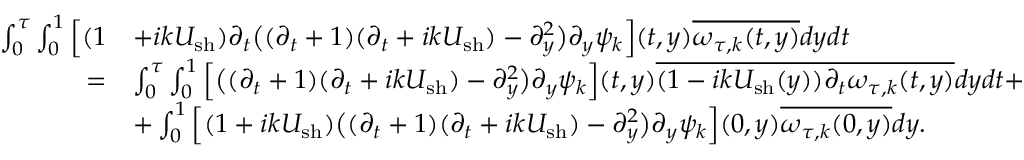
\begin{array} { r l } { \int _ { 0 } ^ { \tau } \int _ { 0 } ^ { 1 } \Big [ ( 1 } & { + i k U _ { \mathrm { s h } } ) \partial _ { t } \big ( ( \partial _ { t } + 1 ) ( \partial _ { t } + i k U _ { \mathrm { s h } } ) - \partial _ { y } ^ { 2 } \big ) \partial _ { y } \psi _ { k } \Big ] ( t , y ) \overline { { \omega _ { \tau , k } ( t , y ) } } d y d t } \\ { = } & { \int _ { 0 } ^ { \tau } \int _ { 0 } ^ { 1 } \Big [ \big ( ( \partial _ { t } + 1 ) ( \partial _ { t } + i k U _ { \mathrm { s h } } ) - \partial _ { y } ^ { 2 } \big ) \partial _ { y } \psi _ { k } \Big ] ( t , y ) \overline { { ( 1 - i k U _ { \mathrm { s h } } ( y ) ) \partial _ { t } \omega _ { \tau , k } ( t , y ) } } d y d t + } \\ & { + \int _ { 0 } ^ { 1 } \Big [ ( 1 + i k U _ { \mathrm { s h } } ) \big ( ( \partial _ { t } + 1 ) ( \partial _ { t } + i k U _ { \mathrm { s h } } ) - \partial _ { y } ^ { 2 } \big ) \partial _ { y } \psi _ { k } \Big ] ( 0 , y ) \overline { { \omega _ { \tau , k } ( 0 , y ) } } d y . } \end{array}